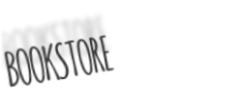
BOOKSTORE